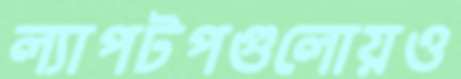
ল্যাপটপগুলোয়ও